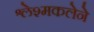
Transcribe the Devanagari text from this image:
श्लेश्मकलेने